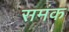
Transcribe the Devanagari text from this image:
समंक